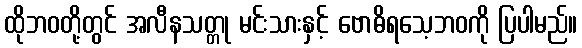
ထိုဘဝတို့တွင် အလီနသတ္တု မင်းသားနှင့် ဗောဓိရသေ့ဘဝကို ပြပါမည်။